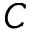
C